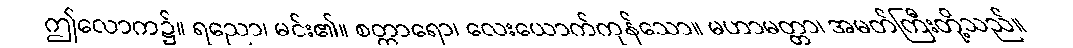
ဤလောက၌။ ရညော၊ မင်း၏။ စတ္တာရော၊ လေးယောက်ကုန်သော။ မဟာမတ္တာ၊ အမတ်ကြီးတို့သည်။